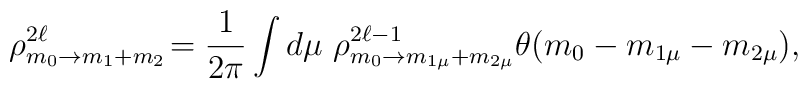
\rho^{2\ell}_{m_0\rightarrow m_1+m_2}\!=\frac{1}{2\pi}\int d\mu\,\, \rho^{2\ell-1}_{m_0\rightarrow m_{1\mu}+m_{2\mu}} \theta(m_0-m_{1\mu}-m_{2\mu}),